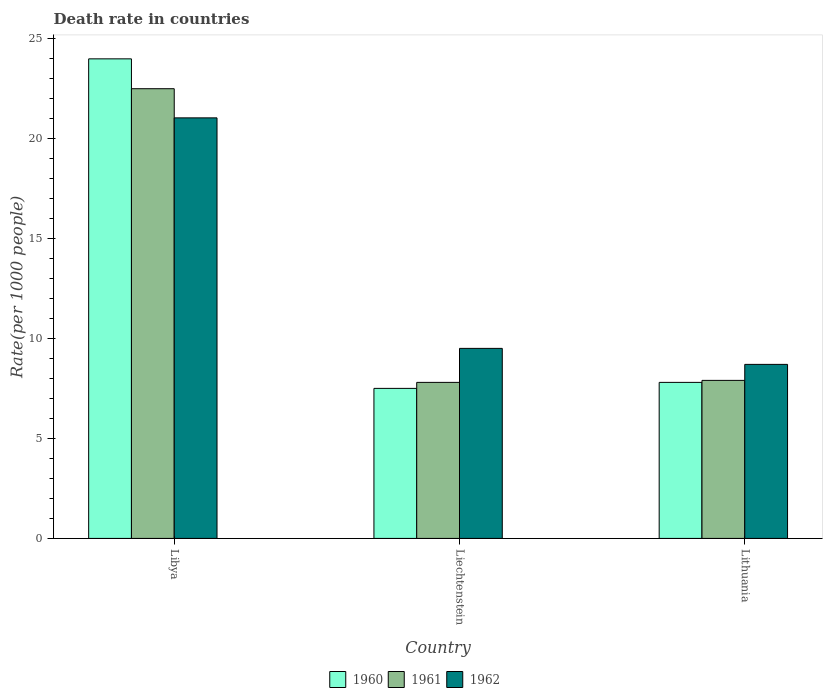
| Country | 1960 | 1961 | 1962 |
 | --- | --- | --- | --- |
 | Libya | 24 | 22.5 | 21 |
 | Liechtenstein | 7.5 | 7.8 | 9.5 |
 | Lithuania | 7.8 | 7.9 | 8.7 |